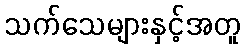
သက်သေများနှင့်အတူ